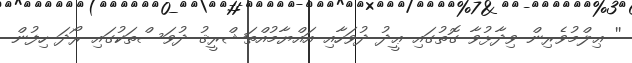
'' ޢިލްމުވެރިން ވިދާޅުވާ ގޮތުގައި ޢީދު ދުވަހާއި އައްޔާމުއްތަޝްރީޤު ދުވަސްތަކުގައި ރޯދަ ހިފުން